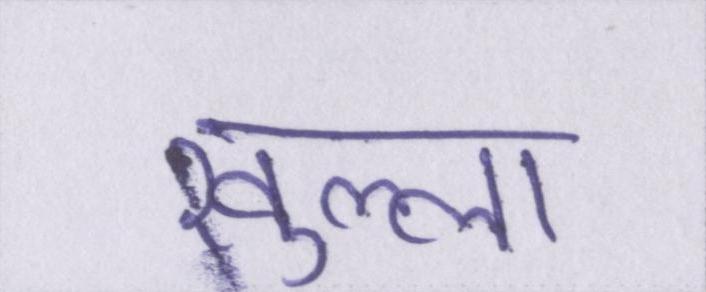
खुल्ला